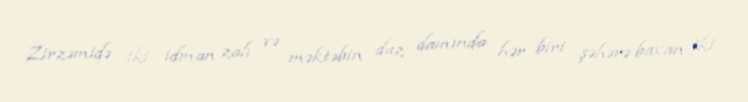
Zirzəmidə iki idman zalı və məktəbin düz damında hər biri şəhərə baxan iki